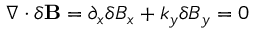
\nabla \cdot \delta \mathbf { B } = \partial _ { x } \delta B _ { x } + k _ { y } \delta B _ { y } = 0